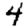
Digit: 4